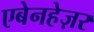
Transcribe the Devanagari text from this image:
एबेनहेज़र